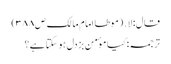
قال: لا․ (موطا امام مالک ص۳۸۸)
ترجمہ:کیا موٴمن بزدل ہوسکتا ہے؟